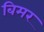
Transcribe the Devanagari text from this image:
बिमर